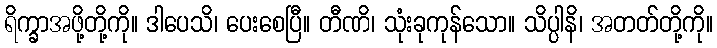
ရိက္ခာအဖို့တို့ကို။ ဒါပေသိ၊ ပေးစေပြီ။ တီဏိ၊ သုံးခုကုန်သော။ သိပ္ပါနိ၊ အတတ်တို့ကို။